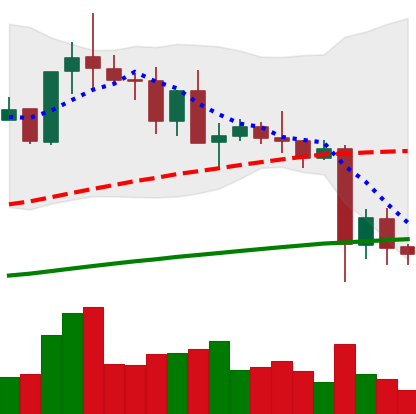
Ticker: TRX-USD
Chart end date: 2021-05-22
Forward return: 5.032%
Label: up_5_7